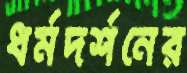
ধর্মদর্শনের